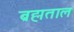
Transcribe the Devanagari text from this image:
ब्रह्मताल